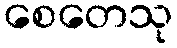
စေတေသု